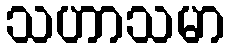
သဟာသမာ